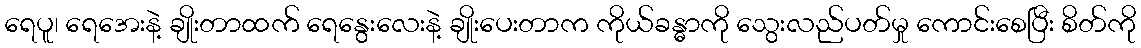
ရေပူ၊ ရေအေးနဲ့ ချိုးတာထက် ရေနွေးလေးနဲ့ ချိုးပေးတာက ကိုယ်ခန္ဓာကို သွေးလည်ပတ်မှု ကောင်းစေပြီး စိတ်ကို